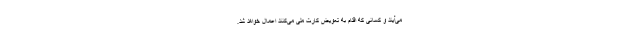
می‌آیند و کسانی که اقدام به تعویض کارت ملی می‌کنند اعمال خواهد شد.